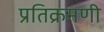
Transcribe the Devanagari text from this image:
प्रतिक्रमणी